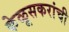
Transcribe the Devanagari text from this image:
केळूसकरांची